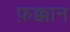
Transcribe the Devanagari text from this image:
फ़क्कान